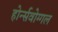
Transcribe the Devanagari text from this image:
होर्न्सवोग्गल